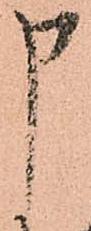
申